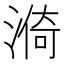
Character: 𣺈